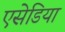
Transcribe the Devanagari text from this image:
एसेडिया